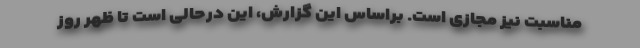
مناسبت نیز مجازی است. براساس این گزارش، این درحالی است تا ظهر روز